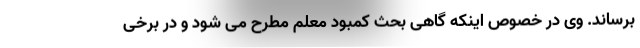
برساند. وی در خصوص اینکه گاهی بحث کمبود معلم مطرح می شود و در برخی